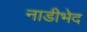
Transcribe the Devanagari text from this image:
नाडीभेद